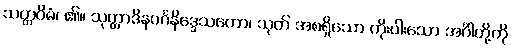
သတ္တဝိဓံ၊ ၏။ သုတ္တာဒိနဝင်္ဂနိဒ္ဒေသတော၊ သုတ် အစရှိသော ကိုးပါးသော အင်္ဂါတို့ကို